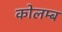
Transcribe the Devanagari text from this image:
कोलम्ब